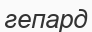
гепард